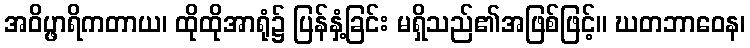
အဝိပ္ဖာရိကတာယ၊ ထိုထိုအာရုံ၌ ပြန်နှံ့ခြင်း မရှိသည်၏အဖြစ်ဖြင့်။ ဃတဘာဝေန၊